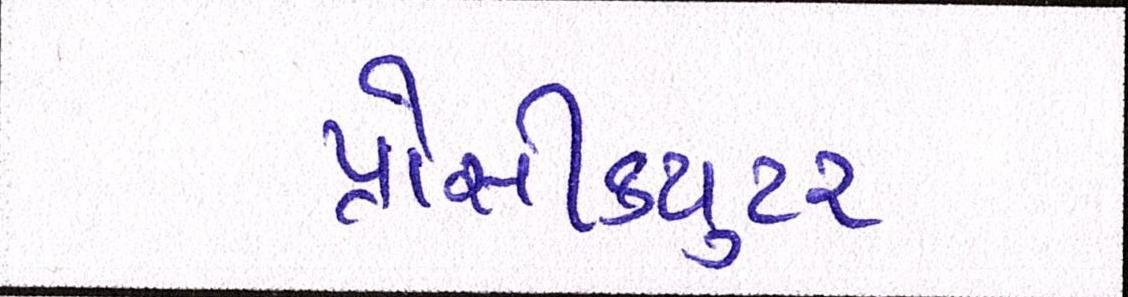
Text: પ્રોસીકયુટર